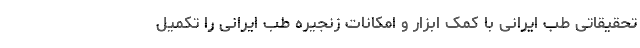
تحقیقاتی طب ایرانی با کمک ابزار و امکانات زنجیره طب ایرانی را تکمیل